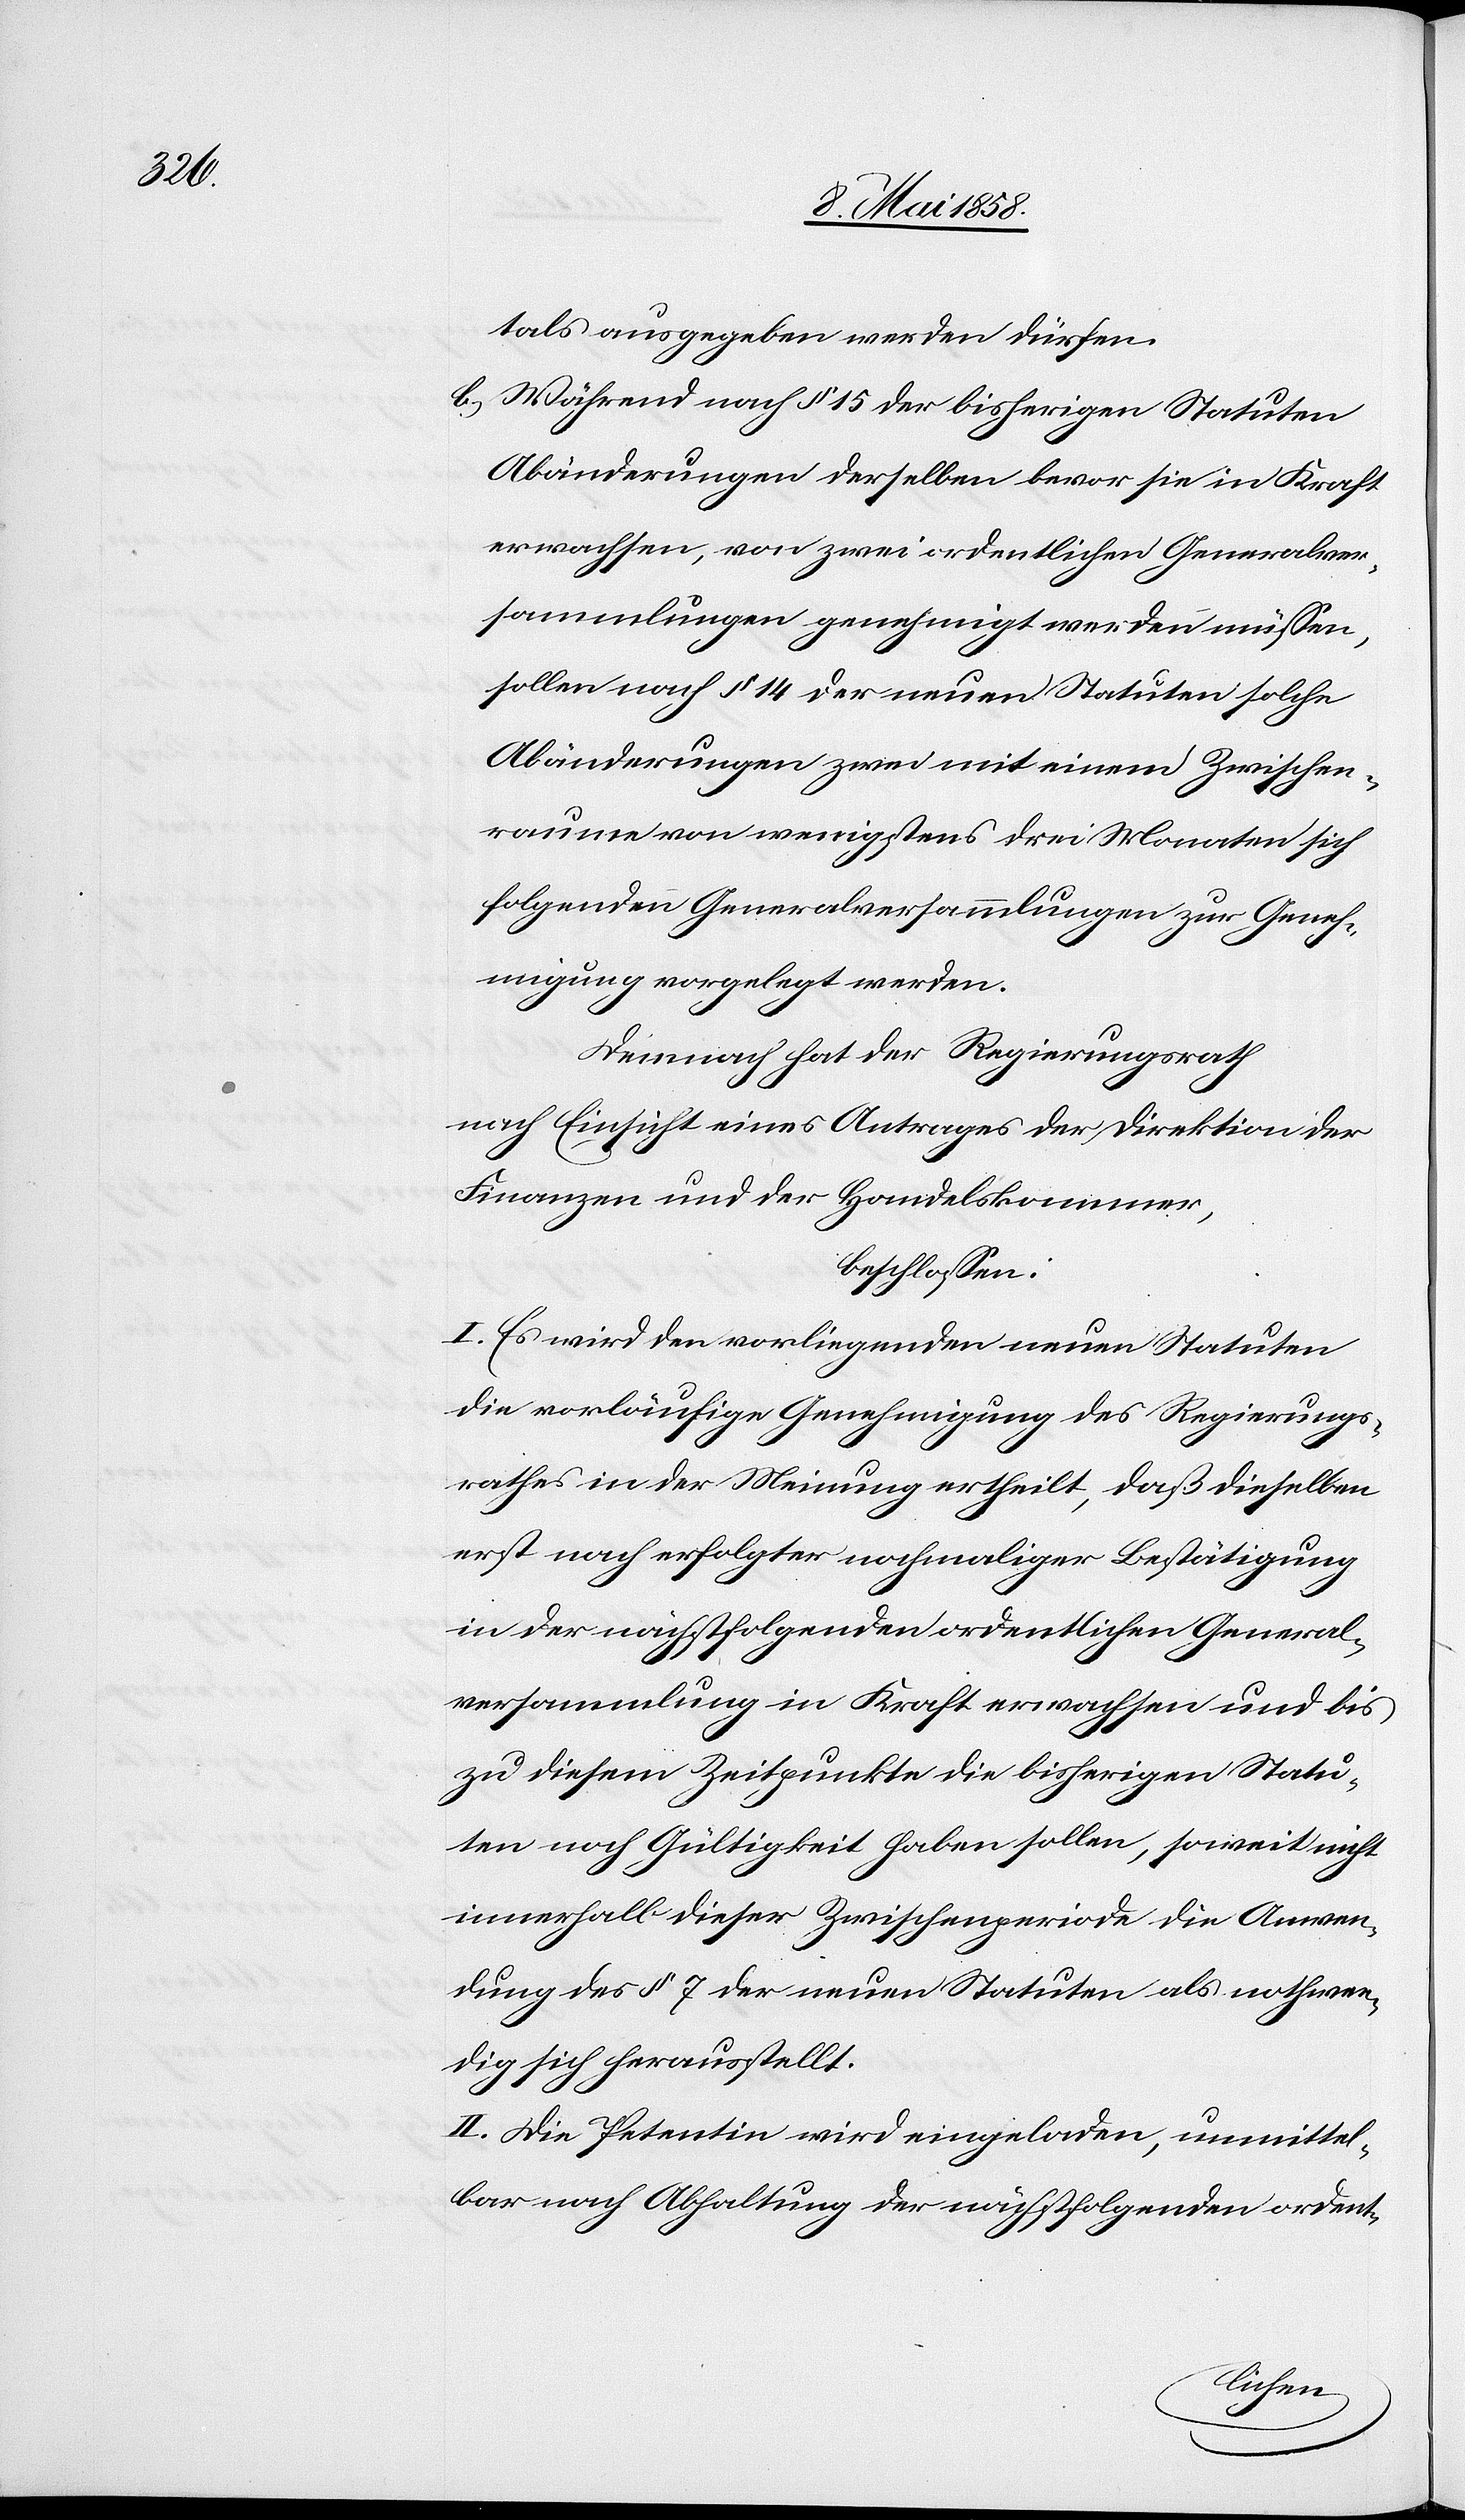
tals ausgegeben werden dürfen.
b) Während nach § 15 der bisherigen Statuten
Abänderungen derselben bevor sie in Kraft
erwachsen, von zwei ordentlichen Generalver¬
sammlungen genehmigt werden müssen,
sollen nach § 14 der neuen Statuten solche
Abänderungen zwei mit einem Zwischen¬
raume von wenigstens drei Monaten sich
folgenden Generalversammlungen zur Geneh¬
migung vorgelegt werden.
Demnach hat der Regierungsrath
nach Einsicht eines Antrages der Direktion der
Finanzen und der Handelskammer,
beschlossen:
I. Es wird den vorliegenden neuen Statuten
die vorläufige Genehmigung des Regierungs¬
rathes in der Meinung ertheilt, daß dieselben
erst nach erfolgter nochmaliger Bestätigung
in der nächstfolgenden ordentlichen General¬
versammlung in Kraft erwachsen und bis
zu diesem Zeitpunkte die bisherigen Statu¬
ten noch Gültigkeit haben sollen, so weit nicht
innerhalb dieser Zwischenperiode die Anwen¬
dung des § 7 der neuen Statuen als nothwen¬
dig sich herausstellt.
II. Die Petentin wird eingeladen, unmittel¬
bar nach Abhaltung der nächstfolgenden ordent-